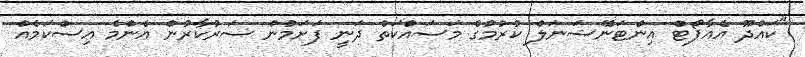
"ކައްދޫ އެއާޕޯޓް އިންޓަނޭޝަނަލް ކުރުމުގެ މަސައްކަތް ދަނީ ފަށަމުން ސަރުކާރުން އެންމެ އިސްކަމެއް